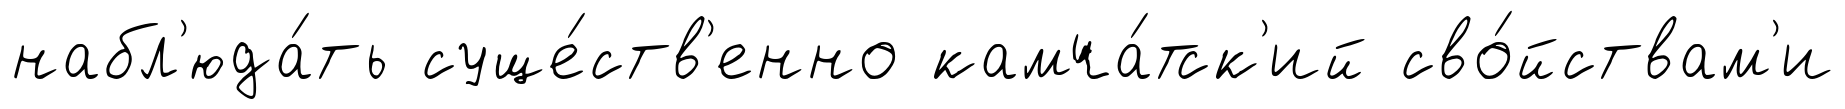
набл'юда́ть суще́ств'енно камча́тск'ий сво́йствам'и